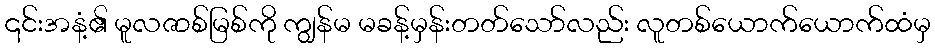
၎င်းအနံ့၏ မူလဇာစ်မြစ်ကို ကျွန်မ မခန့်မှန်းတတ်သော်လည်း လူတစ်ယောက်ယောက်ထံမှ